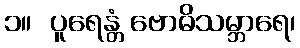
၁။  ပူရေန္တံ ဗောဓိသမ္ဘာရေ၊